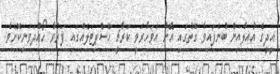
އީދީގެ އާއިލާއިން ބުނެފައިވާ ގޮތުގައި އޭނާ އަވަހާރަވީ ކަރާޗީ ހޮސްޕިޓަލެއްގައި ފަރުވާ ހޯއްދަވަނިކޮށެވެ.